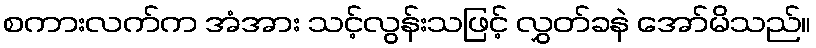
စကားလက်က အံအား သင့်လွန်းသဖြင့် လွှတ်ခနဲ အော်မိသည်။